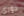
دوري